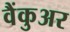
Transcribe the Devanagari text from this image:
वैंकुअर